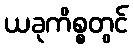
ယခုကိစ္စတွင်